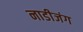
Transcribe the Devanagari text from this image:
नाडीजंग